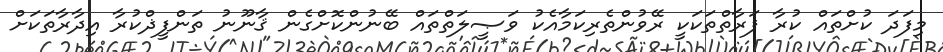
މިފަދަ ކުށްތައް ކުރާ ފަރާތްތަކަކީ ރޭވުންތެރިކަމާއެކު ވަޞީލަތްތައް ބޭނުންކޮށްގެން ޤާނޫނު ތަންފީޛްކުރާ އިދާރާތަކަށް